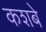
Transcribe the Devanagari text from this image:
कशबे